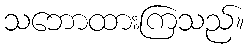
သဘောထားကြသည်။